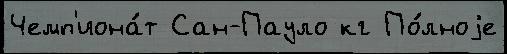
Чемп'иона́т Сан-Пауло кг По́лноjе